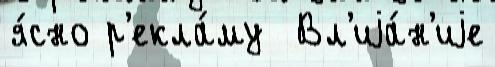
я́сно р'екла́му  Вл'иjа́н'иjе